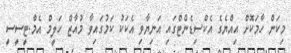
މިކަން ހާމަކޮށް އިއްޔެގެ އެކްސިޑެންޓްގައި އަނިޔާވި އެކަކު ކަމުގައިވާ މުއާޒް ހަލީމް އެމް.ޓީސީސީ